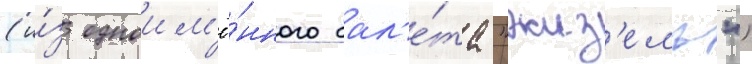
(и́з одноим'ё́нного бал'е́та "жиз'ель")